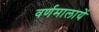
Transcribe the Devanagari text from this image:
वर्णमालायें